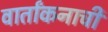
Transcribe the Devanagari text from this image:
वार्तांकनाची